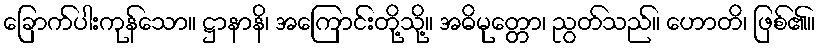
ခြောက်ပါးကုန်သော။ ဋ္ဌာနာနိ၊ အကြောင်းတို့သို့။ အဓိမုတ္တော၊ ညွတ်သည်။ ဟောတိ၊ ဖြစ်၏။